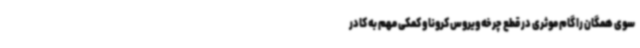
سوی همگان را گام موثری در قطع چرخه ویروس کرونا و کمکی مهم به کادر